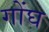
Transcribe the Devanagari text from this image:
गोंघ